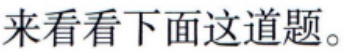
来看看下面这道题。